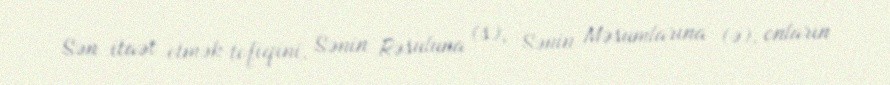
Sən itaət etmək tofiqini, Sənin Rəsuluna (s), Sənin Məsumlarına (ə), onların